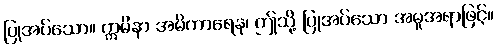
ပြုအပ်သော။ ဣမိနာ အမိကာရေန၊ ဤသို့ ပြုအပ်သော အမူအရာဖြင့်။